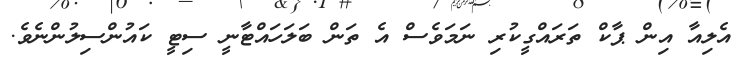
އެލިއާ އިން ޕާކް ތަރައްގީކުރި ނަމަވެސް އެ ތަން ބަލަހައްޓާނީ ސިޓީ ކައުންސިލުންނެވެ.